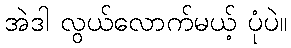
အဲဒါ လွယ်လောက်မယ့် ပုံပဲ။